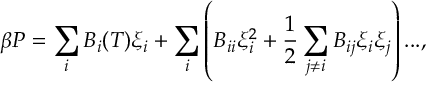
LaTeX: \beta P = \sum _ { i } B _ { i } ( T ) \xi _ { i } + \sum _ { i } \left( B _ { i i } \xi _ { i } ^ { 2 } + \frac { 1 } { 2 } \sum _ { j \neq i } B _ { i j } \xi _ { i } \xi _ { j } \right) . . . , \nonumber